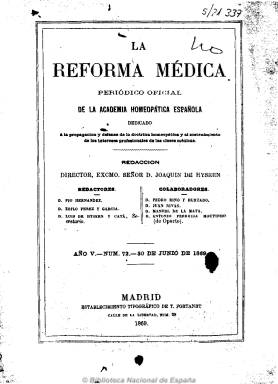
Título: La Reforma médica
Colección: Homeopatía
Ámbito geográfico: Madrid
Lugar de publicación: Madrid
Fechas: 30/06/1869-30/09/1869

Como su subtítulo indica, es el periódico oficial de la Academia Homeopática Española, fundada en 1853, una de las sociedades, junto a la hahnemanniana matritense, más activas en la propagación de la doctrina homeopática en la segunda mitad del diecinueve español. De frecuencia mensual y medio centenar de páginas por número, está dirigida por Joaquín de Hysern, y en su redacción participan los doctores Pío Hernández y Espeso, Zoilo Pérez y García, Luis Hysern y Catá, Pedro Rino y Hurtado, Juan Rivas, Manuel de la Mata y, desde Oporto, Antonio Ferreira Moutinho, es decir, el grupo que anteriormente había publicado el periódico El debate médico. Bajo su cabecera señala que está dedicado a la propagación de la doctrina homeopática y al sostenimiento de los intereses profesionales de las clases médicas. Incluye artículos doctrinales y de clínica y terapéutica homeopática, así como otras informaciones relativas al desenvolvimiento de la academia de la cual era órgano oficial. Comenzó a editarse el 15 de abril de 1865 y seguía publicándose en 1870.